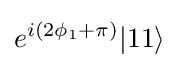
e^{i(2\phi _{1}+\pi )}|11\rangle